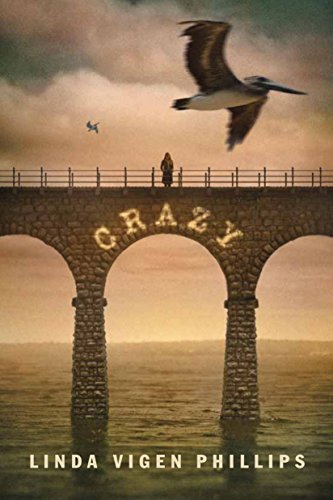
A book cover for Crazy; Linda Vigen Phillips; Teen & Young Adult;